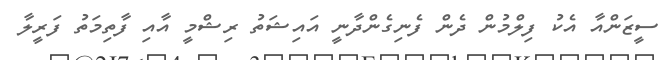
ސީޒަންއާ އެކު ފިލްމުން ދެން ފެނިގެންދާނީ އައިޝަތު ރިޝްމީ އާއި ފާތިމަތު ފަރީލާ